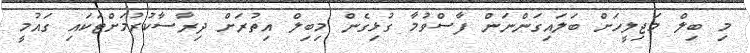
މި ބިލް މަޖިލީހަށް ބަލައިގަންނަން ފާސްވުމާ ގުޅިގެން މިބިލް އިތުރަށް ދިރާސާކުރުމަށްޓަކައި ގައުމީ